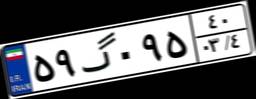
۰۷گ۸۸۷۶۰